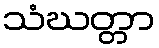
သံဃတ္တာ